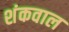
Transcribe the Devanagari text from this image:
शंकवाल